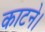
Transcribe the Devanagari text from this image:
काटने।